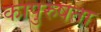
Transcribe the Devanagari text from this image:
कापुरुषता